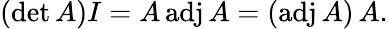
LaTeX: (\operatorname*{d\mathrm{e}t}A)I=A\operatorname{adj}A=(\operatorname{adj}A)\, A.